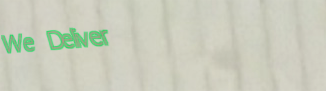
We Deliver